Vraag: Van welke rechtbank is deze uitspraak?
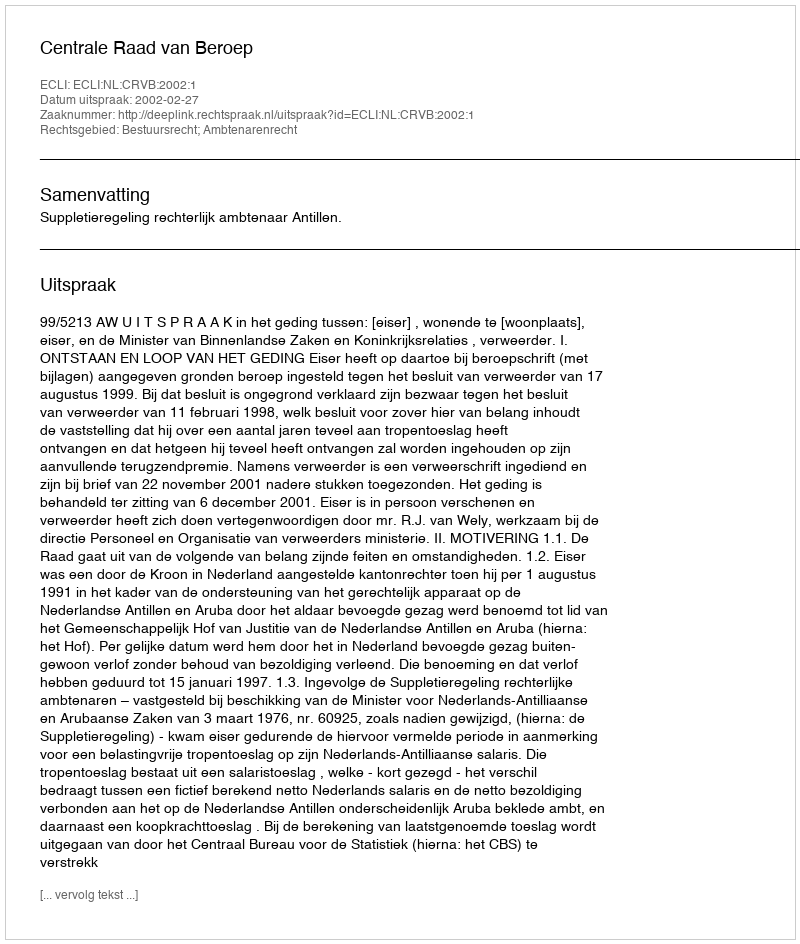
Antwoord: Centrale Raad van Beroep